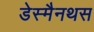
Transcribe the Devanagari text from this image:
डेस्मैनथस